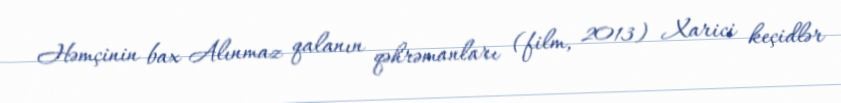
Həmçinin bax Alınmaz qalanın qəhrəmanları (film, 2013) Xarici keçidlər